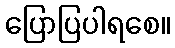
ပြောပြပါရစေ။